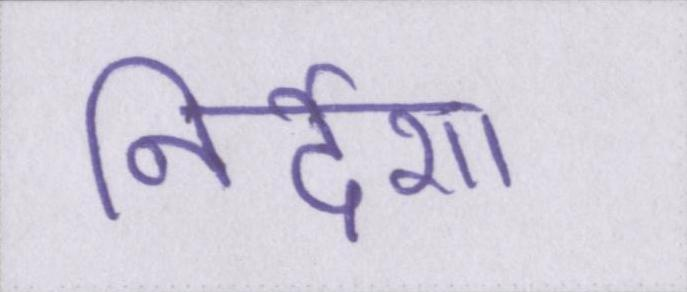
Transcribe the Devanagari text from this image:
निर्देश